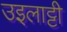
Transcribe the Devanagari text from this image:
उइलाट्टी